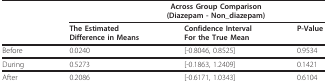
|  | <COLSPAN=3> Across Group Comparison(Diazepam - Non_diazepam) |
 |  | The EstimatedDifference in Means | Confidence IntervalFor the True Mean | P-Value |
 | --- | --- | --- | --- |
 | Before | 0.0240 | [-0.8046, 0.8525] | 0.9534 |
 | During | 0.5273 | [-0.1863, 1.2409] | 0.1421 |
 | After | 0.2086 | [-0.6171, 1.0343] | 0.6104 |